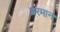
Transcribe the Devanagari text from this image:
बरमान